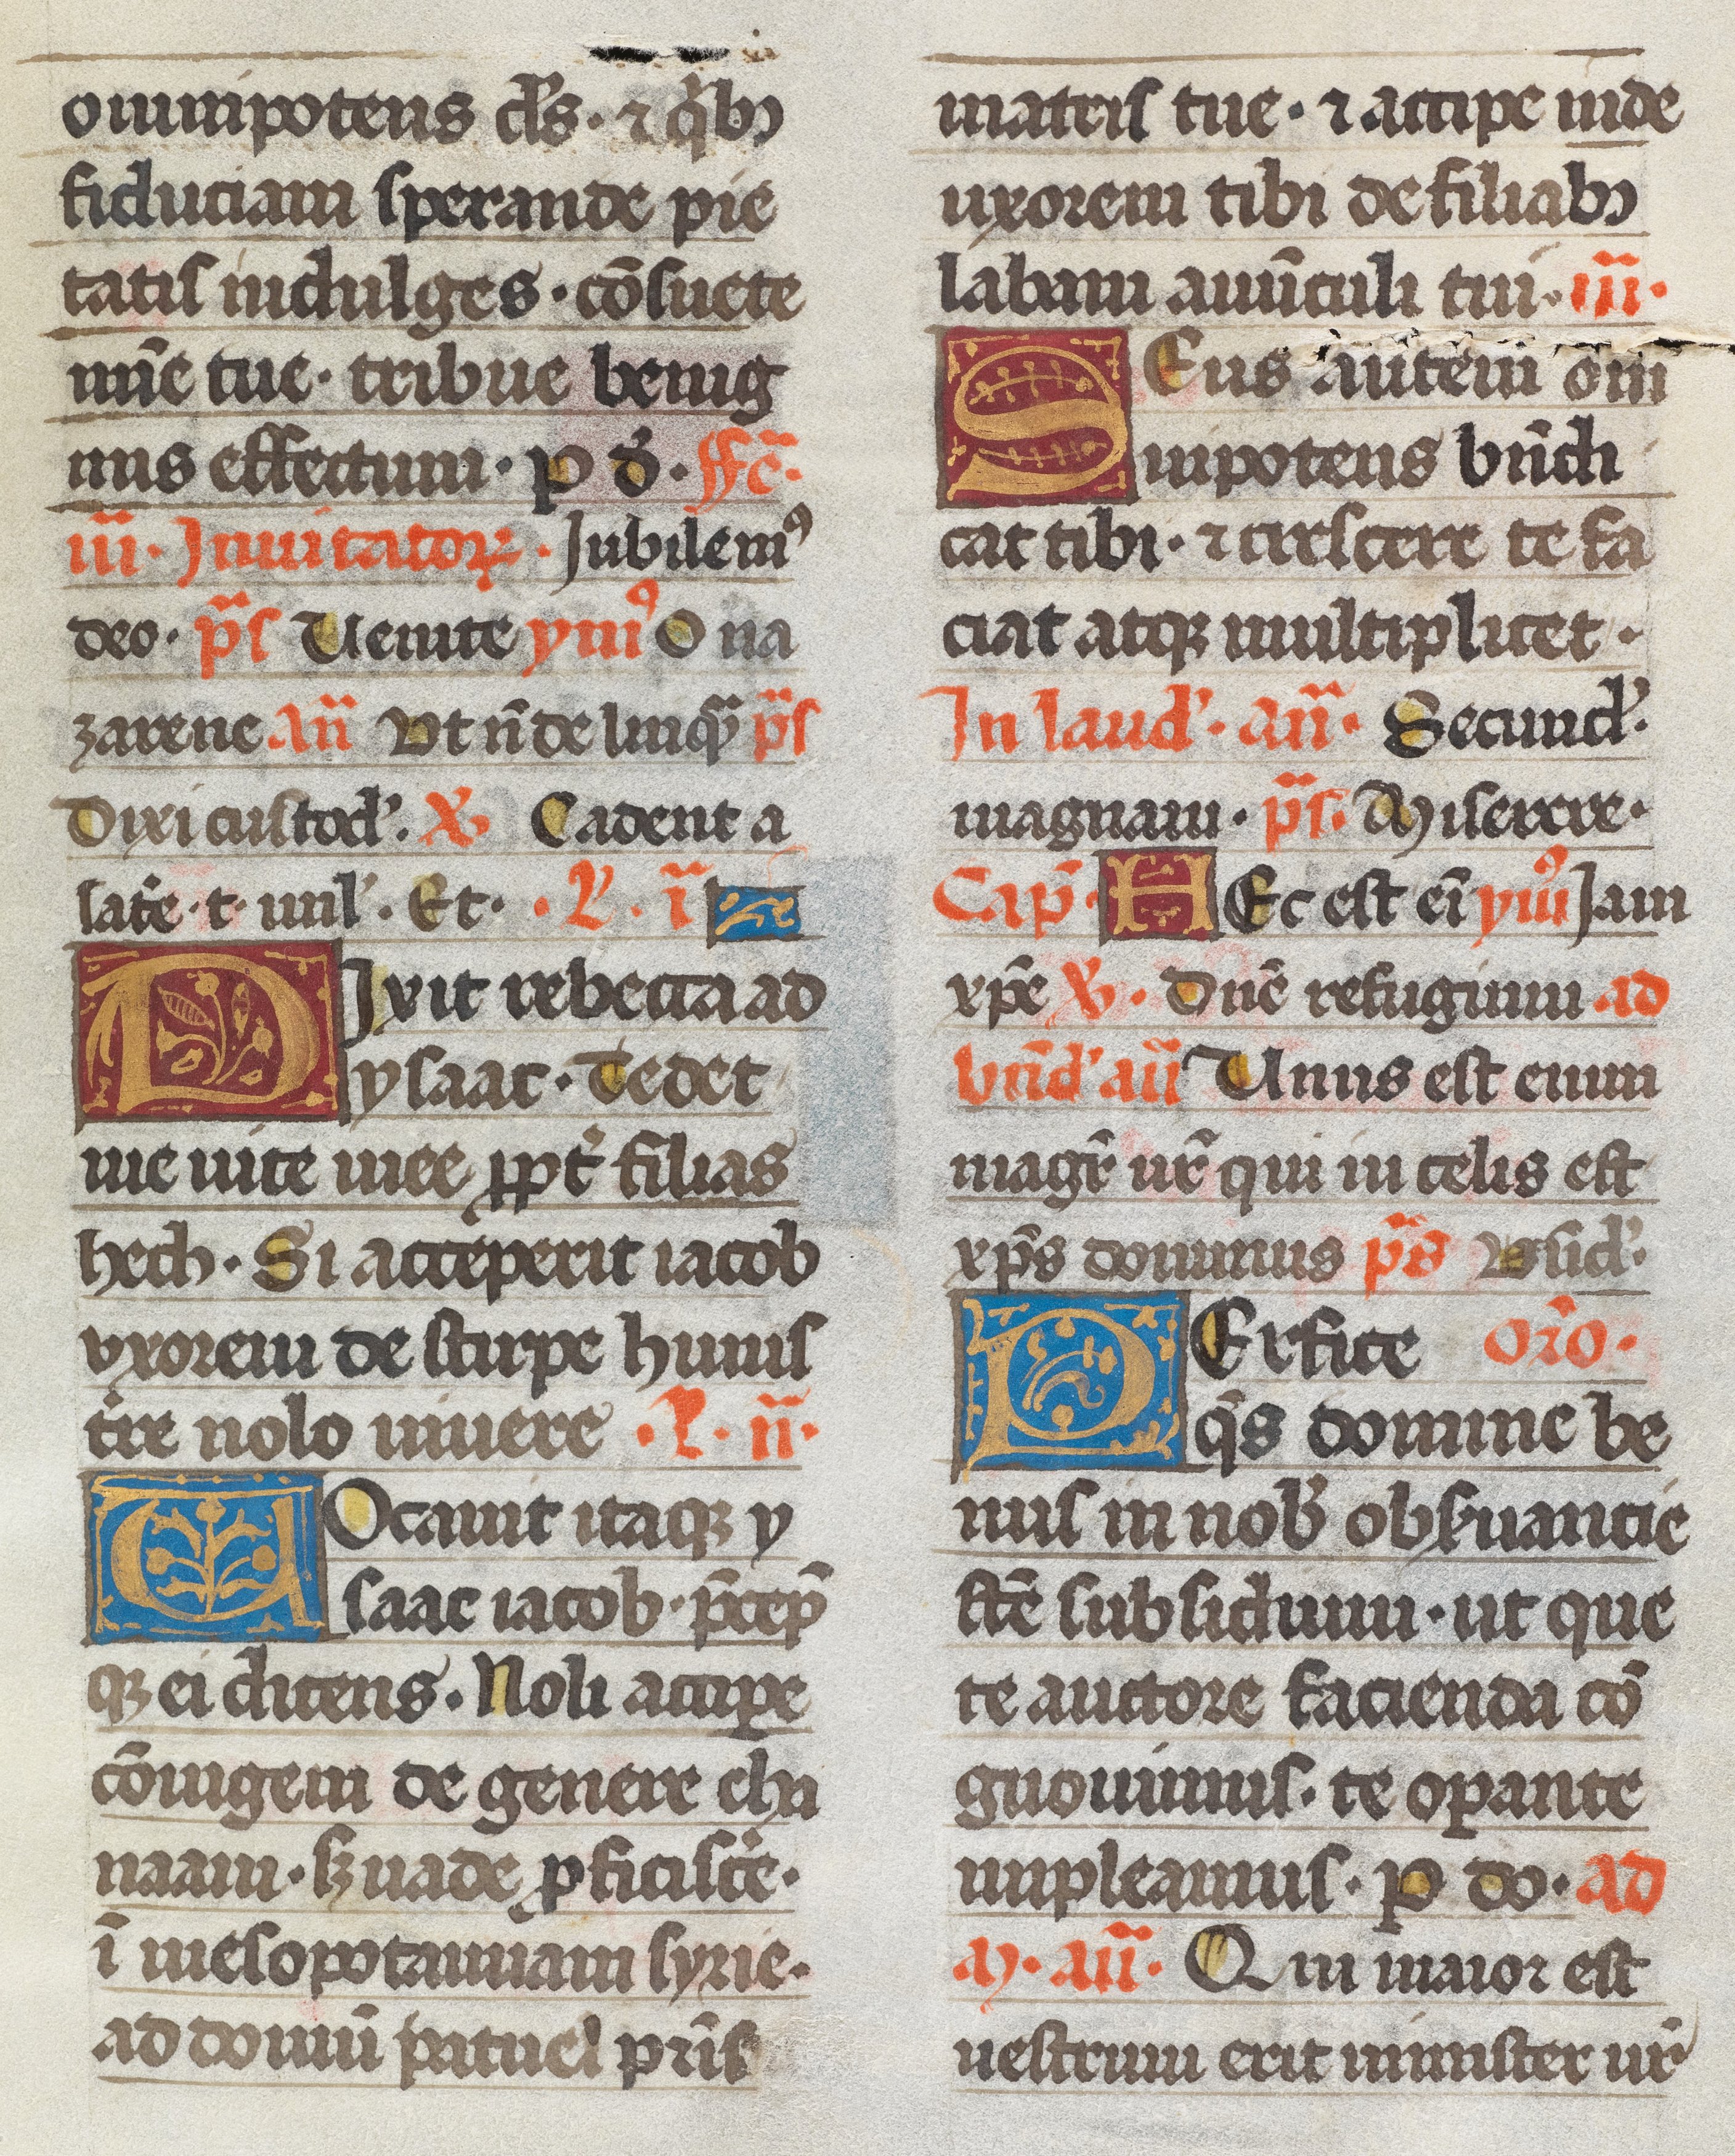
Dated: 1493–1493